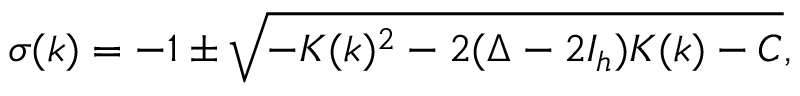
\begin{array} { r l r } { \sigma ( k ) = - 1 \pm \sqrt { - K ( k ) ^ { 2 } - 2 ( \Delta - 2 I _ { h } ) K ( k ) - C } , } & { { } } & { } \end{array}